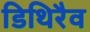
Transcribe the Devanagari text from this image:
डिथिरैव